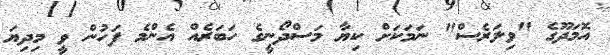
އޮމަދޫގެ "ވިލަރެސް" ނަމަކަށް ކިޔާ މަސްދޯނީގެ ހަބަރެއް އެންމެ ފަހުން ވީ މިދިޔަ